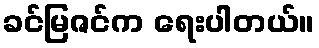
ခင်မြဇင်က ရေးပါတယ်။